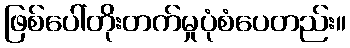
ဖြစ်ပေါ်တိုးတက်မှုပုံစံပေတည်း။